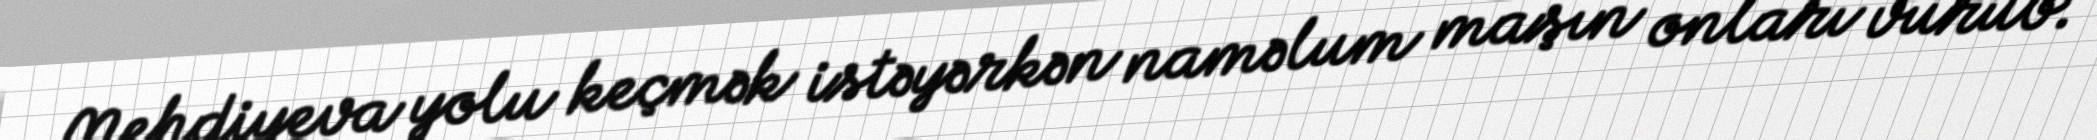
Mehdiyeva yolu keçmək istəyərkən naməlum maşın onları vurub.